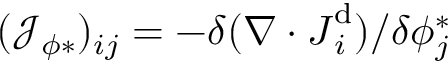
( \mathcal { J } _ { \phi * } ) _ { i j } = - \delta ( \nabla \cdot \boldsymbol { J } _ { i } ^ { \mathrm { d } } ) / \delta \phi _ { j } ^ { * }